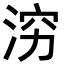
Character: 𪶉